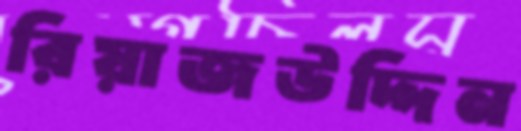
রিয়াজউদ্দিন